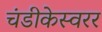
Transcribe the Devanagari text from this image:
चंडीकेस्वरर